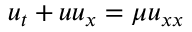
u _ { t } + u u _ { x } = \mu u _ { x x }